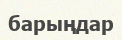
барыңдар